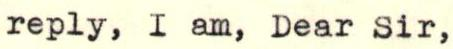
reply, I am, Dear sir,